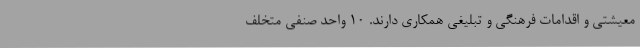
معیشتی و اقدامات فرهنگی و تبلیغی همکاری دارند. 10 واحد صنفی متخلف